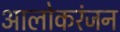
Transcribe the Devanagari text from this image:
आलोकरंजन